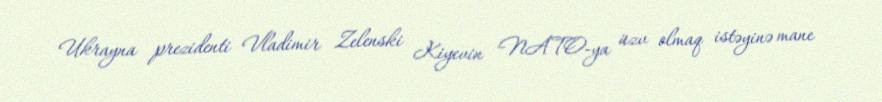
Ukrayna prezidenti Vladimir Zelenski Kiyevin NATO-ya üzv olmaq istəyinə mane